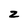
Character: z